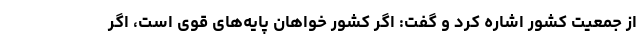
از جمعیت کشور اشاره کرد و گفت: اگر کشور خواهان پایه‌های قوی است، اگر